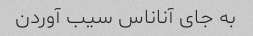
به جای آناناس سیب آوردن